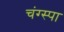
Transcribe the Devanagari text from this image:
चंग्स्पा